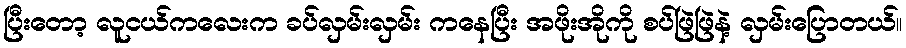
ပြီးတော့ လူငယ်ကလေးက ခပ်လှမ်းလှမ်း ကနေပြီး အဖိုးအိုကို စပ်ဖြဲဖြဲနဲ့ လှမ်းပြောတယ်။